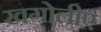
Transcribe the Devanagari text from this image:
खगोलीए